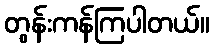
တွန်းကန်ကြပါတယ်။